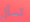
تسأل